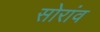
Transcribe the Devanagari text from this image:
सोरांव